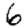
Digit: 6